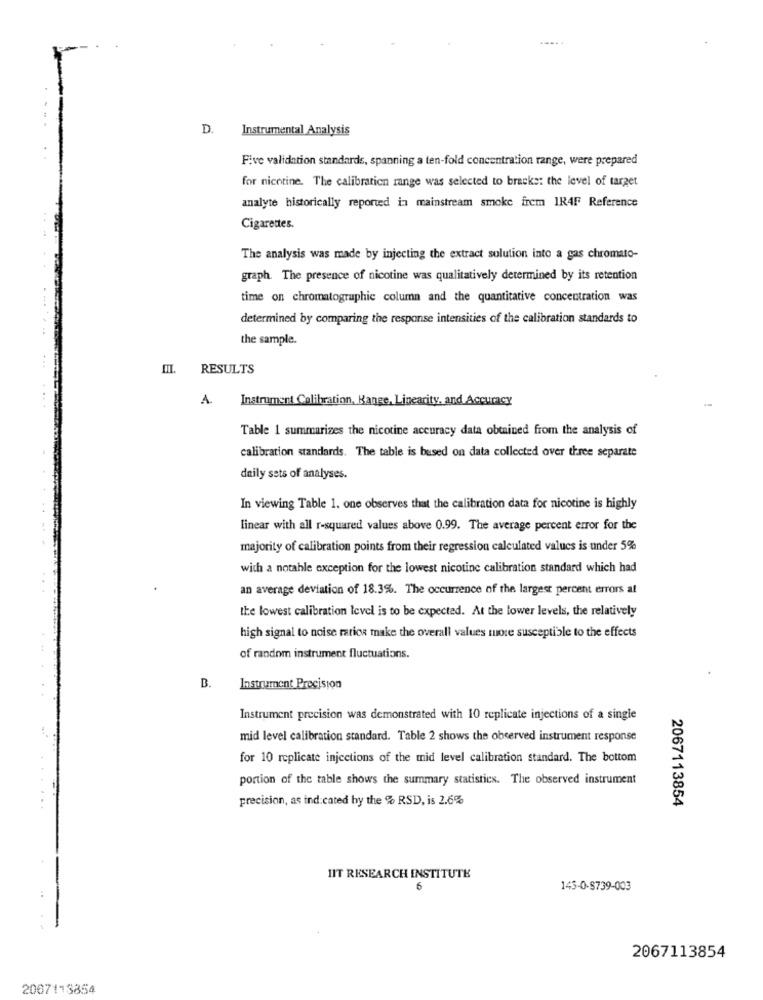
.....
D.
Instrumental Analysis
Five validation standards, spanning a ten-fold concentration range, were prepared
for nicotine. The calibration range was selected to bracks: the level of target
analyte historically reported in mainstream smoke frem IR4F Reference
Cigarettes.
The analysis was made by injecting the extract solution into a gas chromato-
graph. The presence of nicotine was qualitatively determined by its retention
time on chromatographie column and the quantitative concentration was
determined by comparing the response intensities of the calibration standards to
the sample.
RESULTS
A. Instrument Calibration, Bange, Linearity. and Accuracy
Table 1 summarizes the nicotine accuracy data obtained from the analysis of
calibration standards. The table is bused on data collected over three separate
daily sets of analyses.
In viewing Table 1. one observes that the calibration data for nicotine is highly
linear with all r-squared values above 0.99. The average percent error for the
majority of calibration points from their regression calculated values is under 5%
with a notable exception for the lowest nicotine calibration standard which had
an average deviation of 18.3%. The occurrence of the largest percent errors at
the lowest calibration level is to be expected. At the lower levels, the relatively
high signal to noise ratios make the overall values more susceptible to the effects
of random instrument fluctuations.
B.
Instrument Precision
Instrument precision was demonstrated with 10 replicate injections of a single
mid level calibration standard. Table 2 shows the observed instrument response
for 10 replicate injections of the mid level calibration standard. The bottom
portion of the table shows the summary statistics. The observed instrument
precision, as ind.cated by the % RSD, is 2.6%
2067113854
1IT RESEARCH INSTITUTE
6
145-0-8739-003
2067113854
2067113854